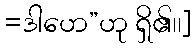
=ဒါဟေ”ဟု ရှိ၏၊၊]